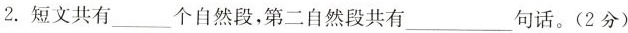
2.短文共有___个自然段，第二自然段共有___句话。(2分)